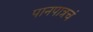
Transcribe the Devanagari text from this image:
पानपात्रचं